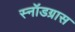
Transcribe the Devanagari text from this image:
स्नॉडग्रास